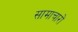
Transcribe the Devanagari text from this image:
सामाचारों